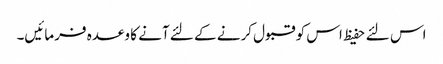
اس لئے حفیظ اس کو قبول کرنے کے لئے آنے کا وعدہ فرمائیں۔